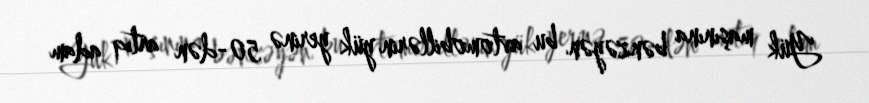
Yük maşınına bənzəyən bu avtomobillərin yük yerinə 50-dən artıq adam